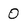
Character: O